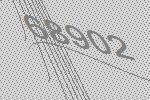
68902